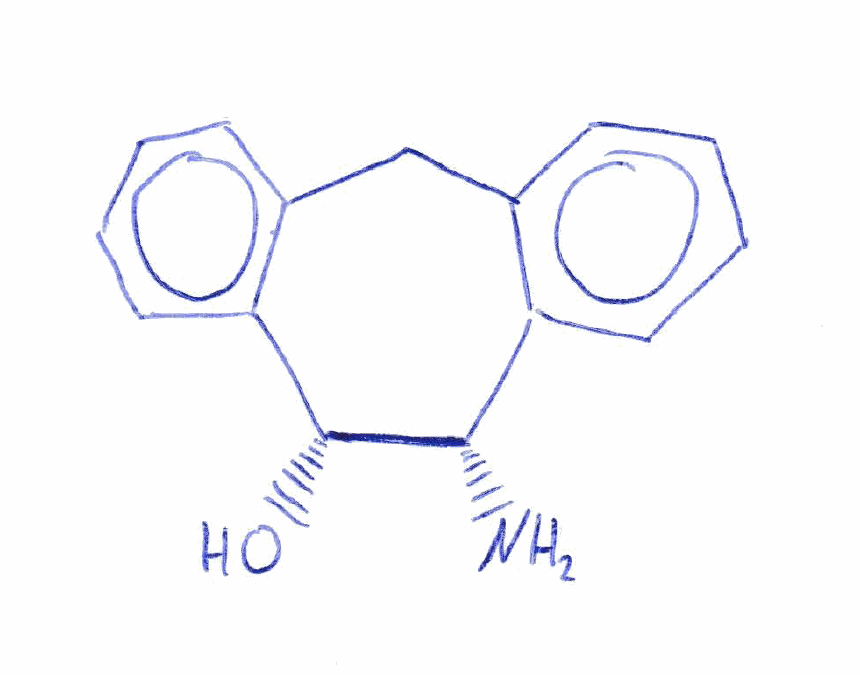
Simplified molecular-input line-entry system (SMILES) notation of the given molecule:
C1C2=CC=CC=C2[C@@H]([C@@H](C3=CC=CC=C31)O)N